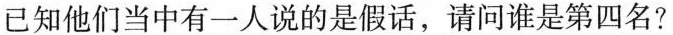
已知他们当中有一人说的是假话，请问谁是第四名?